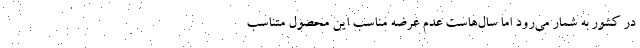
در کشور به شمار می‌رود اما سال‌هاست عدم عرضه مناسب این محصول متناسب